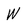
Character: W